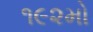
૧૯૨મો